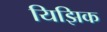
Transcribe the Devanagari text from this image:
यिझिक